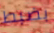
بضبط